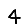
Digit: 4